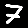
Digit: 7